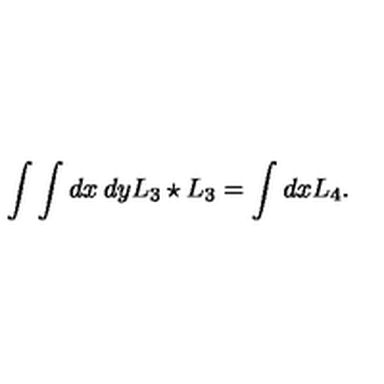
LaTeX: \int \int d x \: d y L _ { 3 } \star L _ { 3 } = \int d x L _ { 4 } .